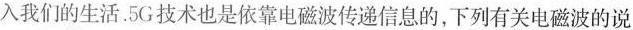
入我们的生活。5G技术也是依靠电磁波传递信息的，下列有关电磁波的说